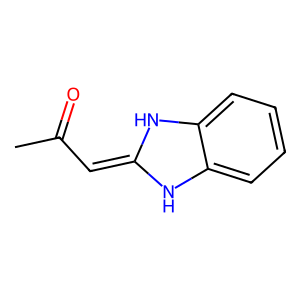
SMILES: CC(=O)C=C1Nc2ccccc2N1
Inhibits HIV replication: No